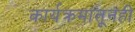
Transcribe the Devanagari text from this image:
कार्यक्रमांतूनही